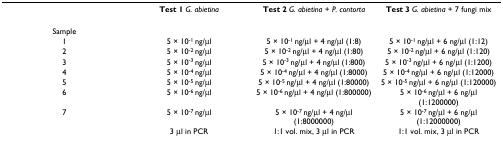
<table><thead><tr><td></td><td><b>Test 1 <i>G. abietina</i></b></td><td><b>Test 2 <i>G. abietina </i>+ <i>P. contorta</i></b></td><td><b>Test 3 <i>G. abietina </i>+ 7 fungi mix</b></td></tr></thead><tbody><tr><td>Sample</td><td></td><td></td><td></td></tr><tr><td>1</td><td>5 × 10<sup>-1 </sup>ng/μl</td><td>5 × 10<sup>-1 </sup>ng/μl + 4 ng/μl (1:8)</td><td>5 × 10<sup>-1 </sup>ng/μl + 6 ng/μl (1:12)</td></tr><tr><td>2</td><td>5 × 10<sup>-2 </sup>ng/μl</td><td>5 × 10<sup>-2 </sup>ng/μl + 4 ng/μl (1:80)</td><td>5 × 10<sup>-2 </sup>ng/μl + 6 ng/μl (1:120)</td></tr><tr><td>3</td><td>5 × 10<sup>-3 </sup>ng/μl</td><td>5 × 10<sup>-3 </sup>ng/μl + 4 ng/μl (1:800)</td><td>5 × 10<sup>-3 </sup>ng/μl + 6 ng/μl (1:1200)</td></tr><tr><td>4</td><td>5 × 10<sup>-4 </sup>ng/μl</td><td>5 × 10<sup>-4 </sup>ng/μl + 4 ng/μl (1:8000)</td><td>5 × 10<sup>-4 </sup>ng/μl + 6 ng/μl (1:12000)</td></tr><tr><td>5</td><td>5 × 10<sup>-5 </sup>ng/μl</td><td>5 × 10<sup>-5 </sup>ng/μl + 4 ng/μl (1:80000)</td><td>5 × 10<sup>-5 </sup>ng/μl + 6 ng/μl (1:120000)</td></tr><tr><td>6</td><td>5 × 10<sup>-6 </sup>ng/μl</td><td>5 × 10<sup>-6 </sup>ng/μl + 4 ng/μl (1:800000)</td><td>5 × 10<sup>-6 </sup>ng/μl + 6 ng/μl (1:1200000)</td></tr><tr><td>7</td><td>5 × 10<sup>-7 </sup>ng/μl</td><td>5 × 10<sup>-7 </sup>ng/μl + 4 ng/μl (1:8000000)</td><td>5 × 10<sup>-7 </sup>ng/μl + 6 ng/μl (1:12000000)</td></tr><tr><td></td><td>3 μl in PCR</td><td>1:1 vol. mix, 3 μl in PCR</td><td>1:1 vol. mix, 3 μl in PCR</td></tr></tbody></table>